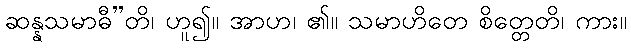
ဆန္နသမာဓီ”တိ၊ ဟူ၍။ အာဟ၊ ၏။ သမာဟိတေ စိတ္တေတိ၊ ကား။